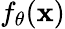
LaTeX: f_{\theta}(\mathbf{x})